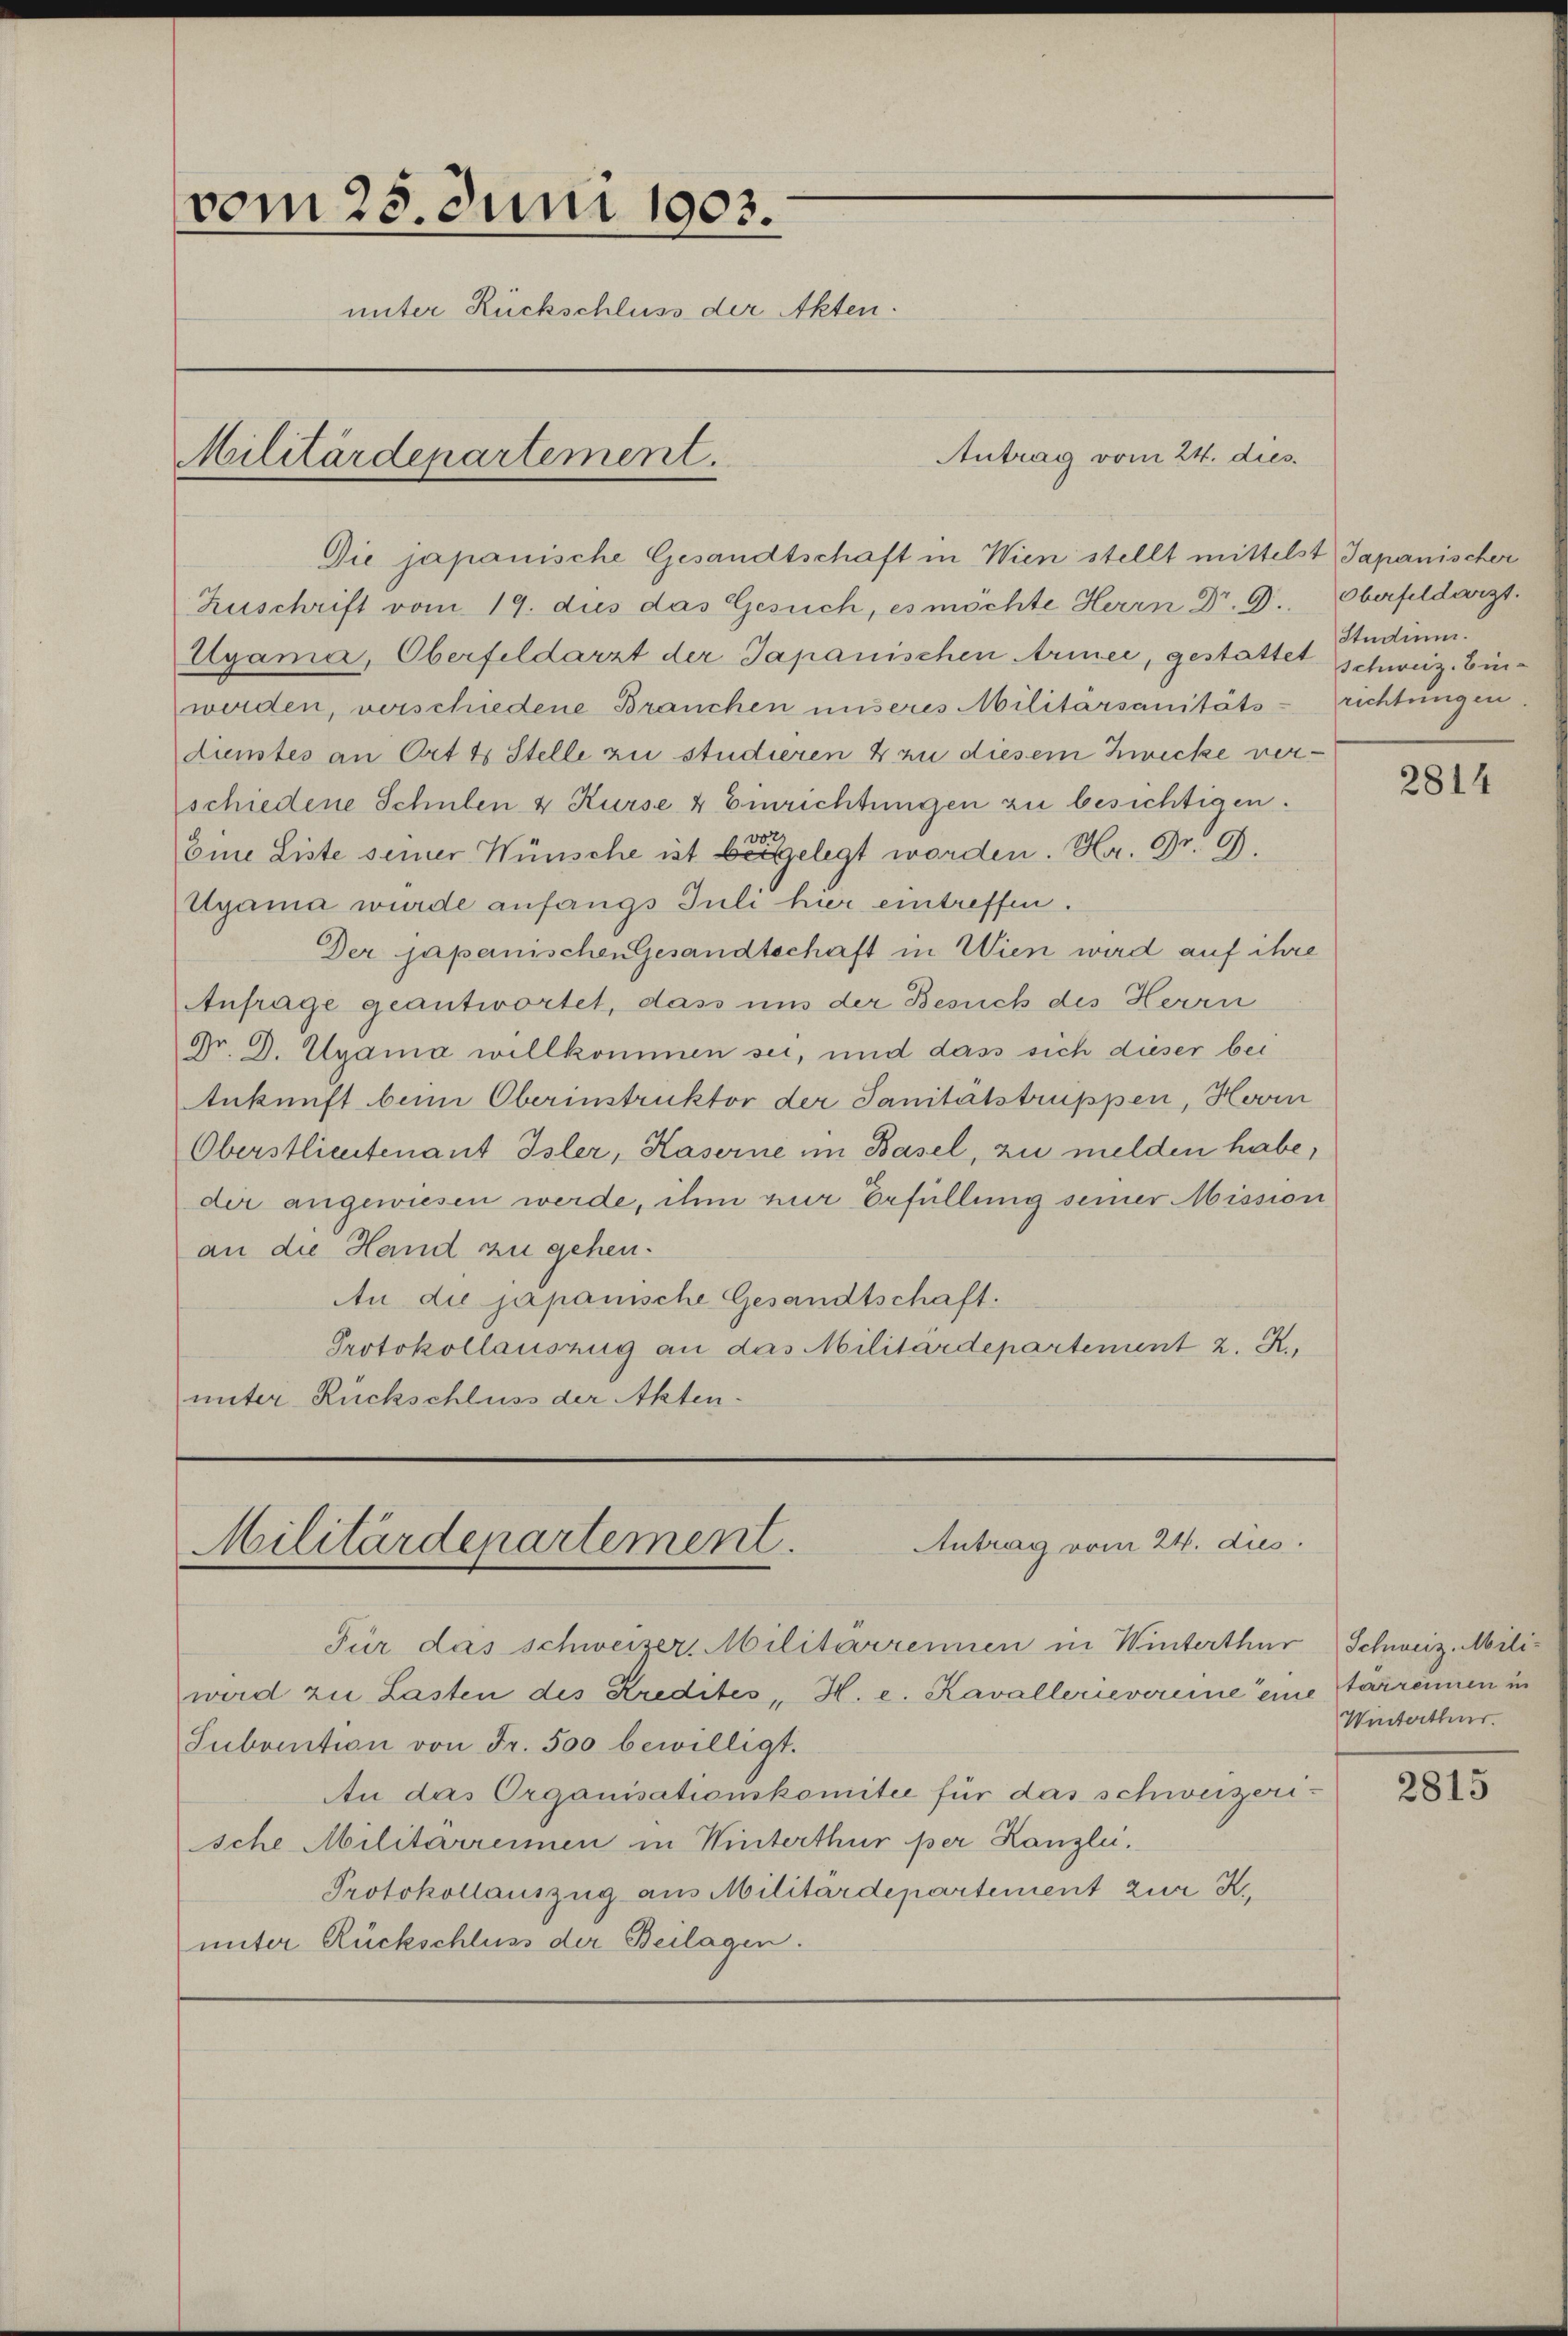
vom 25. Juni 1903.
unter Rückschluss der Akten.
Militärdepartement.

Die japanische Gesandtschaft in Wien stellt mittelst Japanischer
Zuschrift vom 19. dus das Gesuch, es möchte Herrn Dr. G.
Agama, Oberfeldarzt der Japanischen Armee, gestattet schweiz. Einwerden, verschiedene Brauchen unseres Militärsanitäts-
dinstes an Ort & Stelle zu studieren & zu diesem Zwecke verschiedene Schulen & Kurse & Einrichtungen zu besichtigen.
vo
Eine Liste seiner Wünsche ist beigelegt worden. Hr. Dr. G.
Ayama wurde anfangs Juli hier eintreffen.
Der japanischen Gesandtschaft in Wien wird auf ihre
Anfrage geantwortet, dass uns der Besuch des Herrn
Dr. G. Wyama willkommen sei, und dass sich dieser bei
Ankunft bei Oberinstruktor der Sanitätstruppen, Hovin
Oberstlieutenant Isler, Haserne im Basel, zu melden habe,
dir angewiesen werde, ihm zur Erfüllung seiner Mission
an die Hand zu gehen.
An die japanische Gesandtschaft.
Protokollauszug an das Militärdepartement z. R.,
unter Rückschluss der Akten¬

Antrag vom 24. dies

Für das schweizer, Militarrennen in Winterthur Schweiz. Mili-
wird zu Lasten des Kredites H. e. Kavallerievereine ei
Subvention von Fr. 500 bewilligt.
Au das Organisationskomitee für das schweizeri-
sche Militärremmen in Winterthur per Kanzlei.
Protokollauszug aus Militärdepartement zur K.
unter Rückschluss der Beilagen.

Antrag vom 24. dies
Militärdepartement.

Oberfeldarzt.
Studium.
richtungen.

2814

nie starrennen in
Winterthur.

2815